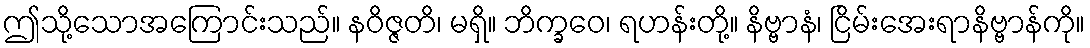
ဤသို့သောအကြောင်းသည်။ နဝိဇ္ဇတိ၊ မရှိ။ ဘိက္ခဝေ၊ ရဟန်းတို့။ နိဗ္ဗာနံ၊ ငြိမ်းအေးရာနိဗ္ဗာန်ကို။